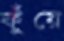
ফুঁয়ে